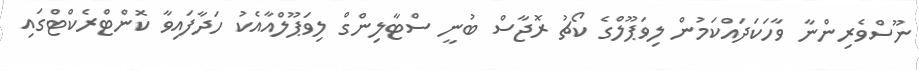
ނޫސްވެރިންނާ ވާހަކަދައްކަމުން ލިވަޕޫލްގެ ކޯޗު ރޮޖާސް ބުނީ ސްޓާލިންގް ލިވަޕޫލްއާއެކު ހަދާފައިވާ ކޮންޓްރެކްޓްގައި